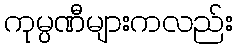
ကုမ္ပဏီများကလည်း